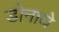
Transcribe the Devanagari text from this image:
डोनाघे